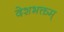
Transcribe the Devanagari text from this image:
देशभक्तम्